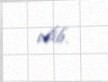
edib.